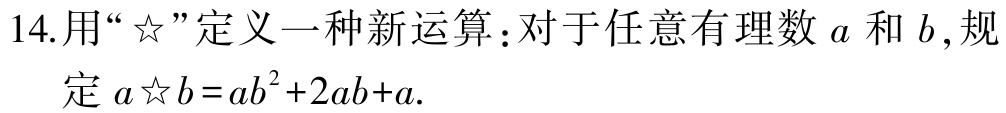
14.用“☆”定义一种新运算：对于任意有理数\(a\)和\(b\)，规定\(a☆b = ab^{2}+2ab + a\).